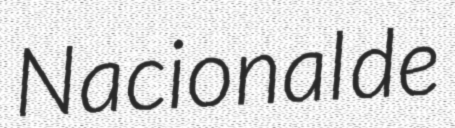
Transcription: Nacional de